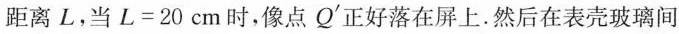
距离L，当$$L=20cm$$时，像点Q^{'} 正好落在屏上.然后在表壳玻璃间